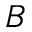
B